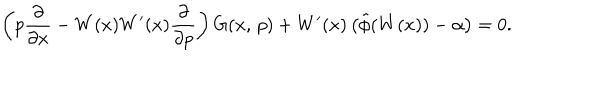
LaTeX: \left( p \frac { \partial } { \partial x } - W ( x ) W ^ { \prime } ( x ) \frac { \partial } { \partial p } \right) G ( x , \, p ) + W ^ { \prime } ( x ) \left( \tilde { \phi } ( W ( x ) ) - \alpha \right) = 0 .